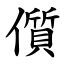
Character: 儨